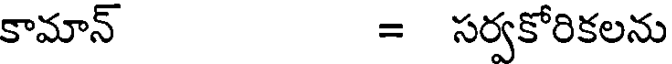
కామాన్ = సర్వకోరికలను